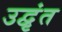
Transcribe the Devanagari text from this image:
उद्वृंत